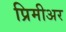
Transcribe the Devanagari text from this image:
प्रिमीअर